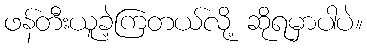
ဖန်တီးယူခဲ့ကြတယ်လို့ ဆိုရမှာပါပဲ။